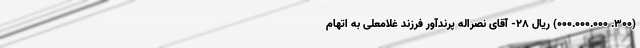
(۳۰۰. ۰۰۰.۰۰۰.۰۰۰) ریال ۲۸- آقای نصراله پرندآور فرزند غلامعلی به اتهام